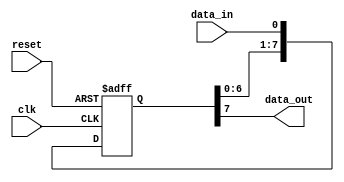
module parallel_in_serial_out (
    input clk,
    input reset,
    input data_in,
    output reg data_out
);

reg [7:0] shift_reg;

always @(posedge clk or posedge reset) begin
    if (reset) begin
        shift_reg <= 8'b0;
    end else begin
        shift_reg <= {shift_reg[6:0], data_in};
    end
end

assign data_out = shift_reg[7];

endmodule